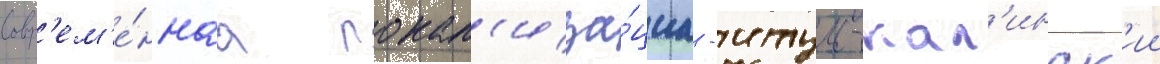
Совр'ем'е́ннаа локал'иза́циа - итум-кал'инск'ии